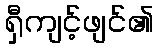
ရှီကျင့်ဖျင်၏